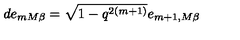
d e _ { m M \beta } = \sqrt { 1 - q ^ { 2 ( m + 1 ) } } e _ { m + 1 , M \beta }